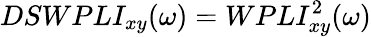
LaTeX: DSWPLI_{xy}(\omega)=WPLI_{xy}^{2}(\omega)